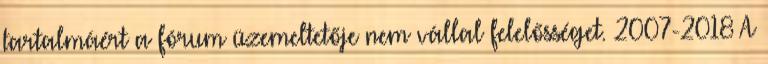
tartalmáért a fórum üzemeltetője nem vállal felelősséget. 2007-2018 A